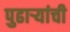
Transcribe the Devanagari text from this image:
पुढार्‍यांची